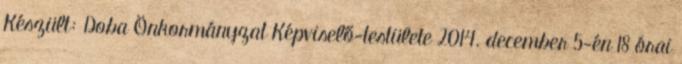
Készült: Doba Önkormányzat Képviselő-testülete 2014. december 5-én 18 órai